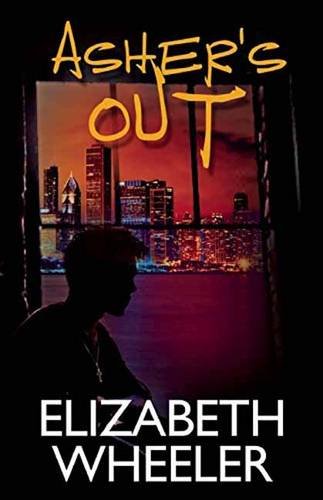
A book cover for AsherEEs Out; Elizabeth Wheeler; Teen & Young Adult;